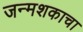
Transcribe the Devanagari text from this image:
जन्मशकाचा